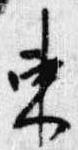
束